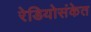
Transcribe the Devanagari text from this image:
रेडियोसंकेत